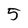
Character: 5